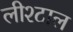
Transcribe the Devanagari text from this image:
लीश्टाल